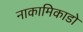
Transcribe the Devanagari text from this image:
नाकामिकाडो